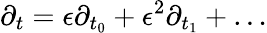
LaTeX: \partial_{t}=\epsilon\partial_{t_{0}}+\epsilon^{2}\partial_{t_{1}}+\ldots